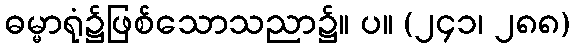
ဓမ္မာရုံ၌ဖြစ်သောသညာ၌။ ပ။ (၂၄၁၊ ၂၈၈)